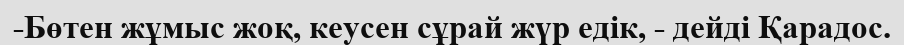
-Бөтен жұмыс жоқ, кеусен сұрай жүр едік, - дейді Қарадос.